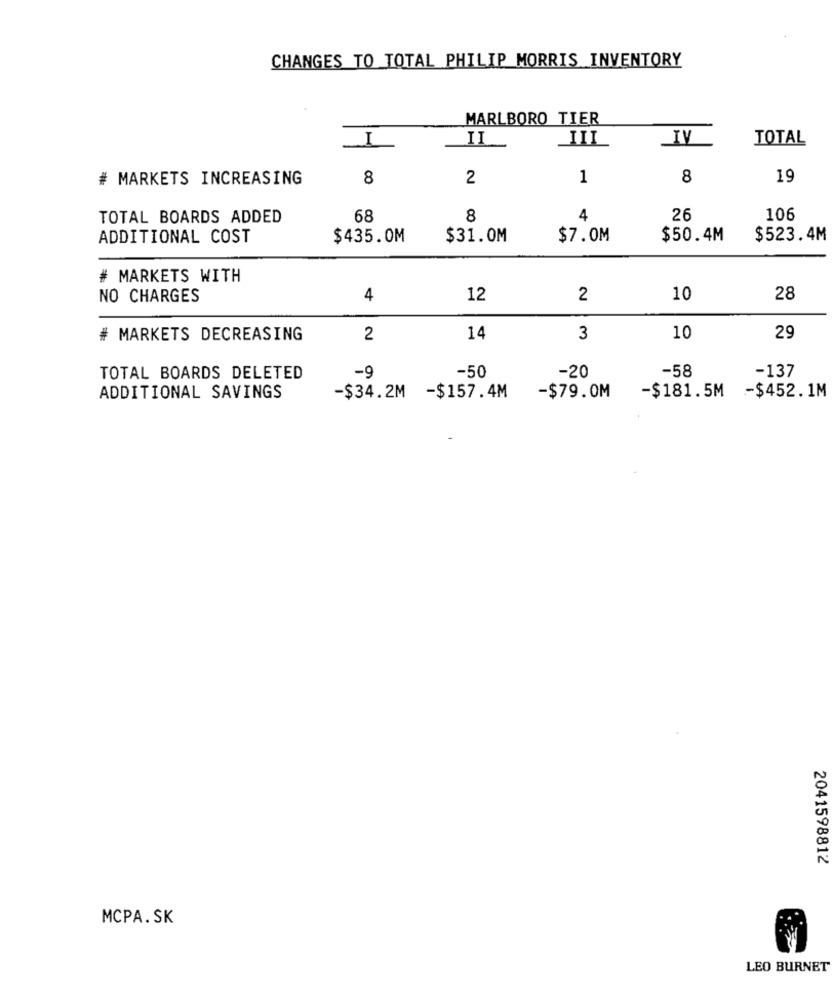
CHANGES TO TOTAL PHILIP MORRIS INVENTORY
MARLBORO TIER
III
IV
TOTAL
I
II
# MARKETS INCREASING
8
2
1
8
19
TOTAL BOARDS ADDED
68
8
4
26
106
ADDITIONAL COST
$435.0M
$31.0M
$7.0M
$50.4M
$523.4M
# MARKETS WITH
NO CHARGES
4
12
2
10
28
# MARKETS DECREASING
2
14
3
10
29
-9
-50
-20
-58
TOTAL BOARDS DELETED
-137
ADDITIONAL SAVINGS
-$34.2M -$157.4M
-$79.0M
-$181.5M -$452.1M
2041598812
MCPA. SK
LEO BURNET